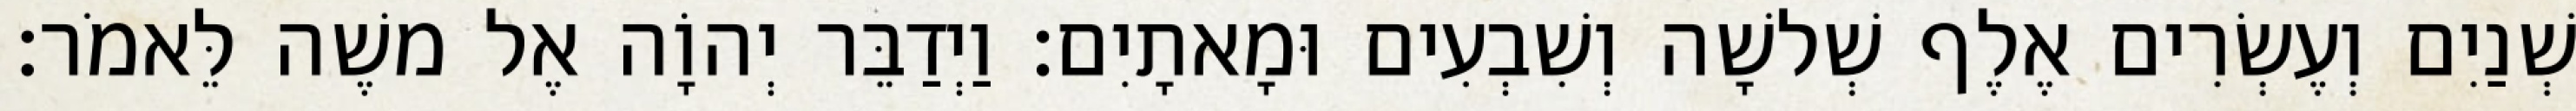
שְׁנַיִם וְעֶשְׂרִים אֶלֶף שְׁלשָׁה וְשִׁבְעִים וּמָאתָיִם׃ וַיְדַבֵּר יְהוָֹה אֶל משֶׁה לֵּאמֹר׃